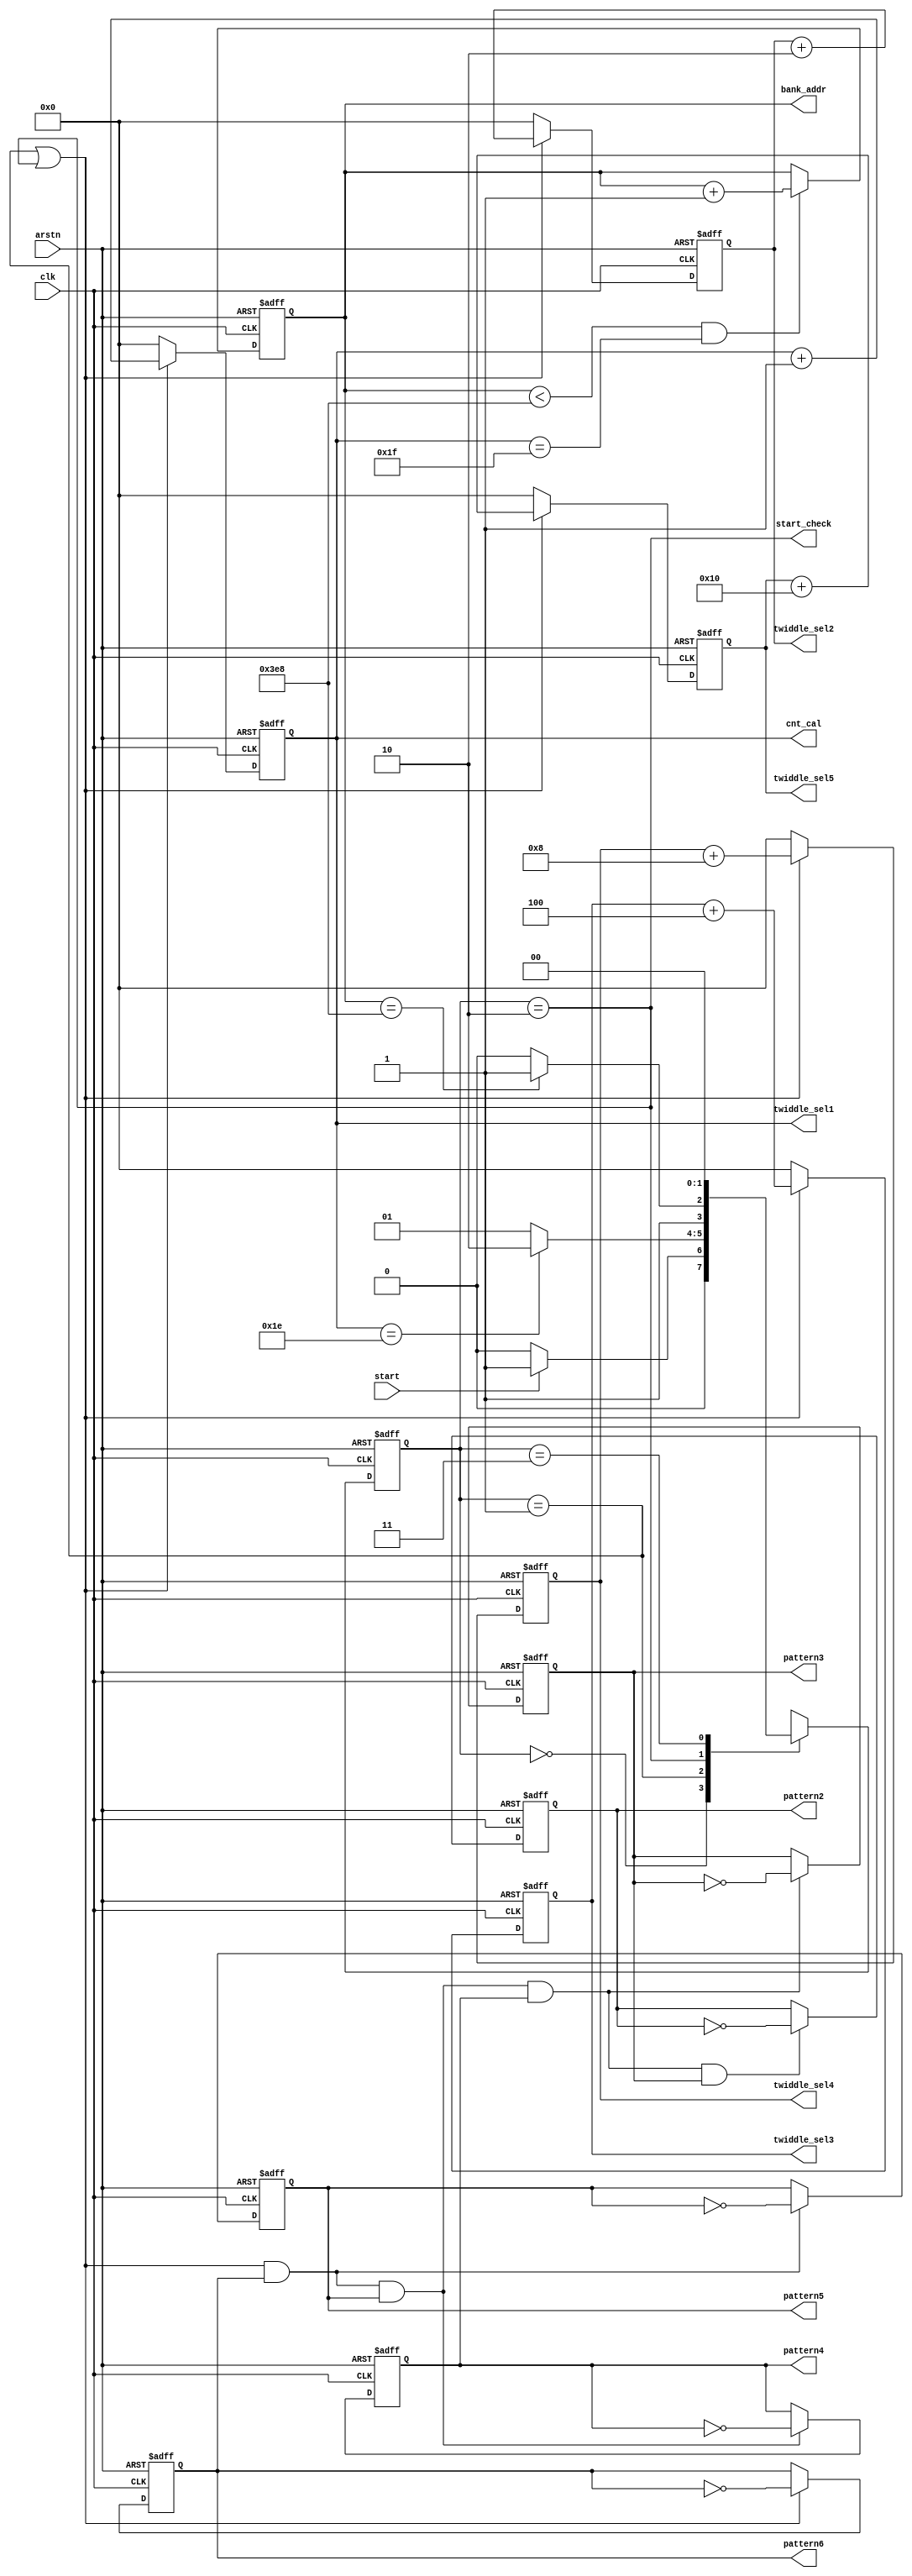
////////////////////////////////////////////////////////////////
// input ports
// clk             -clock signal
// arstn           -reset the system (asynchronous reset, active low)
// start           -start IFFT calculation

// output ports
// start_check     -to testbench, to be activated when the first effective result is generated at the output of the IFFT papeline (active high)
// bank_addr       -to select test case (10 bits)
// twiddle_sel1    -control signal, to select twiddle factors for the 1st layer in the 64IFFT pipeline
// twiddle_sel2    -control signal, to select twiddle factors for the 2nd layer in the 64IFFT pipeline
// twiddle_sel3    -control signal, to select twiddle factors for the 3rd layer in the 64IFFT pipeline
// twiddle_sel4    -control signal, to select twiddle factors for the 4th layer in the 64IFFT pipeline
// twiddle_sel5    -control signal, to select twiddle factors for the 5th layer in the 64IFFT pipeline
// pattern2        -control signal, to contol the communator at the 2nd layer in the 64IFFT pipeline
// pattern3        -control signal, to contol the communator at the 3rd layer in the 64IFFT pipeline
// pattern4        -control signal, to contol the communator at the 4th layer in the 64IFFT pipeline
// pattern5        -control signal, to contol the communator at the 5th layer in the 64IFFT pipeline
// pattern6        -control signal, to contol the communator at the 6th layer in the 64IFFT pipeline
// cnt_cal         -to counter 32 cycles within each test case (5 bits)
////////////////////////////////////////////////////////////////
module ifft_ctrl
    (
        input clk,
        input arstn,
        input start,
        output start_check,
        output reg [9:0] bank_addr,
        output reg [4:0] twiddle_sel1,
        output reg [4:0] twiddle_sel2,
        output reg [4:0] twiddle_sel3,
        output reg [4:0] twiddle_sel4,
        output reg [4:0] twiddle_sel5,
        output reg pattern2,
        output reg pattern3,
        output reg pattern4,
        output reg pattern5,
        output reg pattern6,
        output reg [4:0] cnt_cal
    );
    
    localparam NO_TEST_CASE = 10'd1000;

//define cycles need to wait to get the first result
    localparam IFFT_LATENCY = 5'd31;

//state define   
    localparam IDLE = 2'd0;
    localparam INIT = 2'd1;
    localparam CAL = 2'd2;
    localparam DONE = 2'd3;

// port definition
// fill in your code here
    reg [1:0] current_state;
    reg [1:0] next_state;
    
// update current states (sequential logic, reset with arstn)
// fill in your code here
    always @(posedge clk or negedge arstn) begin
    if (!arstn)
        current_state <= IDLE;
    else
        current_state <= next_state;
    end

// next state generation (combinational logic)
// fill in your code here
   always @(*) begin
      // Default assignment for next state
      next_state = current_state;
      case (current_state)
          IDLE: if (start) 
                    next_state = INIT;
                else
                    next_state = IDLE;
          INIT: if (cnt_cal == IFFT_LATENCY-1) 
                    next_state = CAL;
                else
                    next_state = INIT;
          CAL: if (bank_addr == NO_TEST_CASE) 
                    next_state = DONE;
               else
                    next_state = CAL;
          DONE: next_state = IDLE;
          default: next_state = IDLE;
      endcase
    end

// output generation (combinational logic)
// fill in your code here
always @(*) twiddle_sel1 = cnt_cal;
always @(posedge clk or negedge arstn) begin
    if (!arstn) twiddle_sel2 <= 0;
    else if (current_state == INIT || current_state == CAL ) twiddle_sel2 <= twiddle_sel2 + 2;
    else twiddle_sel2 <= 0;
end
always @(posedge clk or negedge arstn) begin
    if (!arstn) twiddle_sel3 <= 0;
    else if (current_state == INIT || current_state == CAL ) twiddle_sel3 <= twiddle_sel3 + 4;
    else twiddle_sel3 <= 0;
end
always @(posedge clk or negedge arstn) begin
    if (!arstn) twiddle_sel4 <= 0;
    else if (current_state == INIT || current_state == CAL ) twiddle_sel4 <= twiddle_sel4 + 8;
    else twiddle_sel4 <= 0;
end
always @(posedge clk or negedge arstn) begin
    if (!arstn) twiddle_sel5 <= 0;
    else if (current_state == INIT || current_state == CAL ) twiddle_sel5 <= twiddle_sel5 + 16;
    else twiddle_sel5 <= 0;
end

always @(posedge clk or negedge arstn) begin
    if (!arstn) pattern2 <= 0;
    else if ((current_state == INIT || current_state == CAL) &&pattern6&&pattern5&&pattern4&&pattern3 ) pattern2 <= ~pattern2;
end
always @(posedge clk or negedge arstn) begin
    if (!arstn) pattern3 <= 0;
    else if ((current_state == INIT || current_state == CAL) &&pattern6&&pattern5&&pattern4  ) pattern3 <= ~pattern3;
end
always @(posedge clk or negedge arstn) begin
    if (!arstn) pattern4 <= 0;
    else if ((current_state == INIT || current_state == CAL) &&pattern6&&pattern5  ) pattern4 <= ~pattern4;
end
always @(posedge clk or negedge arstn) begin
    if (!arstn) pattern5 <= 0;
    else if ((current_state == INIT || current_state == CAL) &&pattern6  ) pattern5 <= ~pattern5;
end
always @(posedge clk or negedge arstn) begin
    if (!arstn) pattern6 <= 0;
    else if (current_state == INIT || current_state == CAL ) pattern6 <= ~pattern6;
end
// cnt_cal, 5-bit counter (sequential logic, reset with arstn)
// to counter 32 cycles within each test case
always @(posedge clk or negedge arstn) begin
    if (!arstn) cnt_cal <= 0;
    else if (current_state == INIT || current_state == CAL ) cnt_cal <= cnt_cal + 1;
    else cnt_cal <= 0;
end
// bank_addr, 10-bit counter (sequential logic, reset with arstn)
// to select test case
always @(posedge clk or negedge arstn) begin
     if (!arstn) bank_addr <= 0;
     else if (bank_addr < 10'd1000 && cnt_cal== IFFT_LATENCY) bank_addr <= bank_addr + 1;
end
assign start_check = current_state == CAL;
endmodule